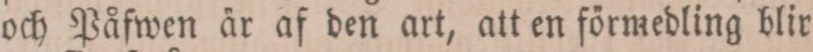
och Påfwen är af den art, att en förmedling blir